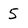
Character: 5